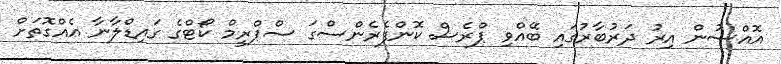
އޮއްސުން އިރު ދަރުބާރުގައި ބޭއްވި ޕްރެސް ކޮންފެރެންސްގަ ސްޕްރީމް ކޯޓްގެ ގައިޑްލާނާ އެއްގޮތަށް